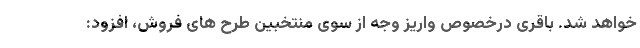
خواهد شد. باقری درخصوص واریز وجه از سوی منتخبین طرح های فروش، افزود: